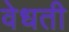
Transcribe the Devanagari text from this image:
वेधती